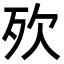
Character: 𣧋